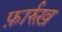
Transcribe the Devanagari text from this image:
फ़ार्रुख़